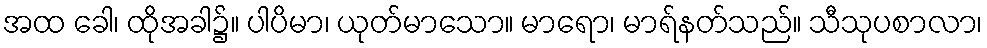
အထ ခေါ၊ ထိုအခါ၌။ ပါပိမာ၊ ယုတ်မာသော။ မာရော၊ မာရ်နတ်သည်။ သီသုပစာလာ၊